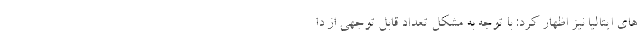
های ایتالیا نیز اظهار کرد: با توجه به مشکل تعداد قابل توجهی از دا